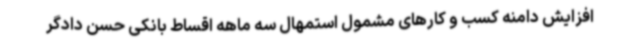
افزایش دامنه کسب و کارهای مشمول استمهال سه ماهه اقساط بانکی حسن دادگر